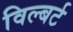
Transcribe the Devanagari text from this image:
विल्बर्ट